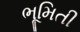
ભૂમિતી